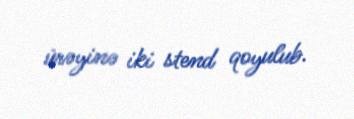
ürəyinə iki stend qoyulub.